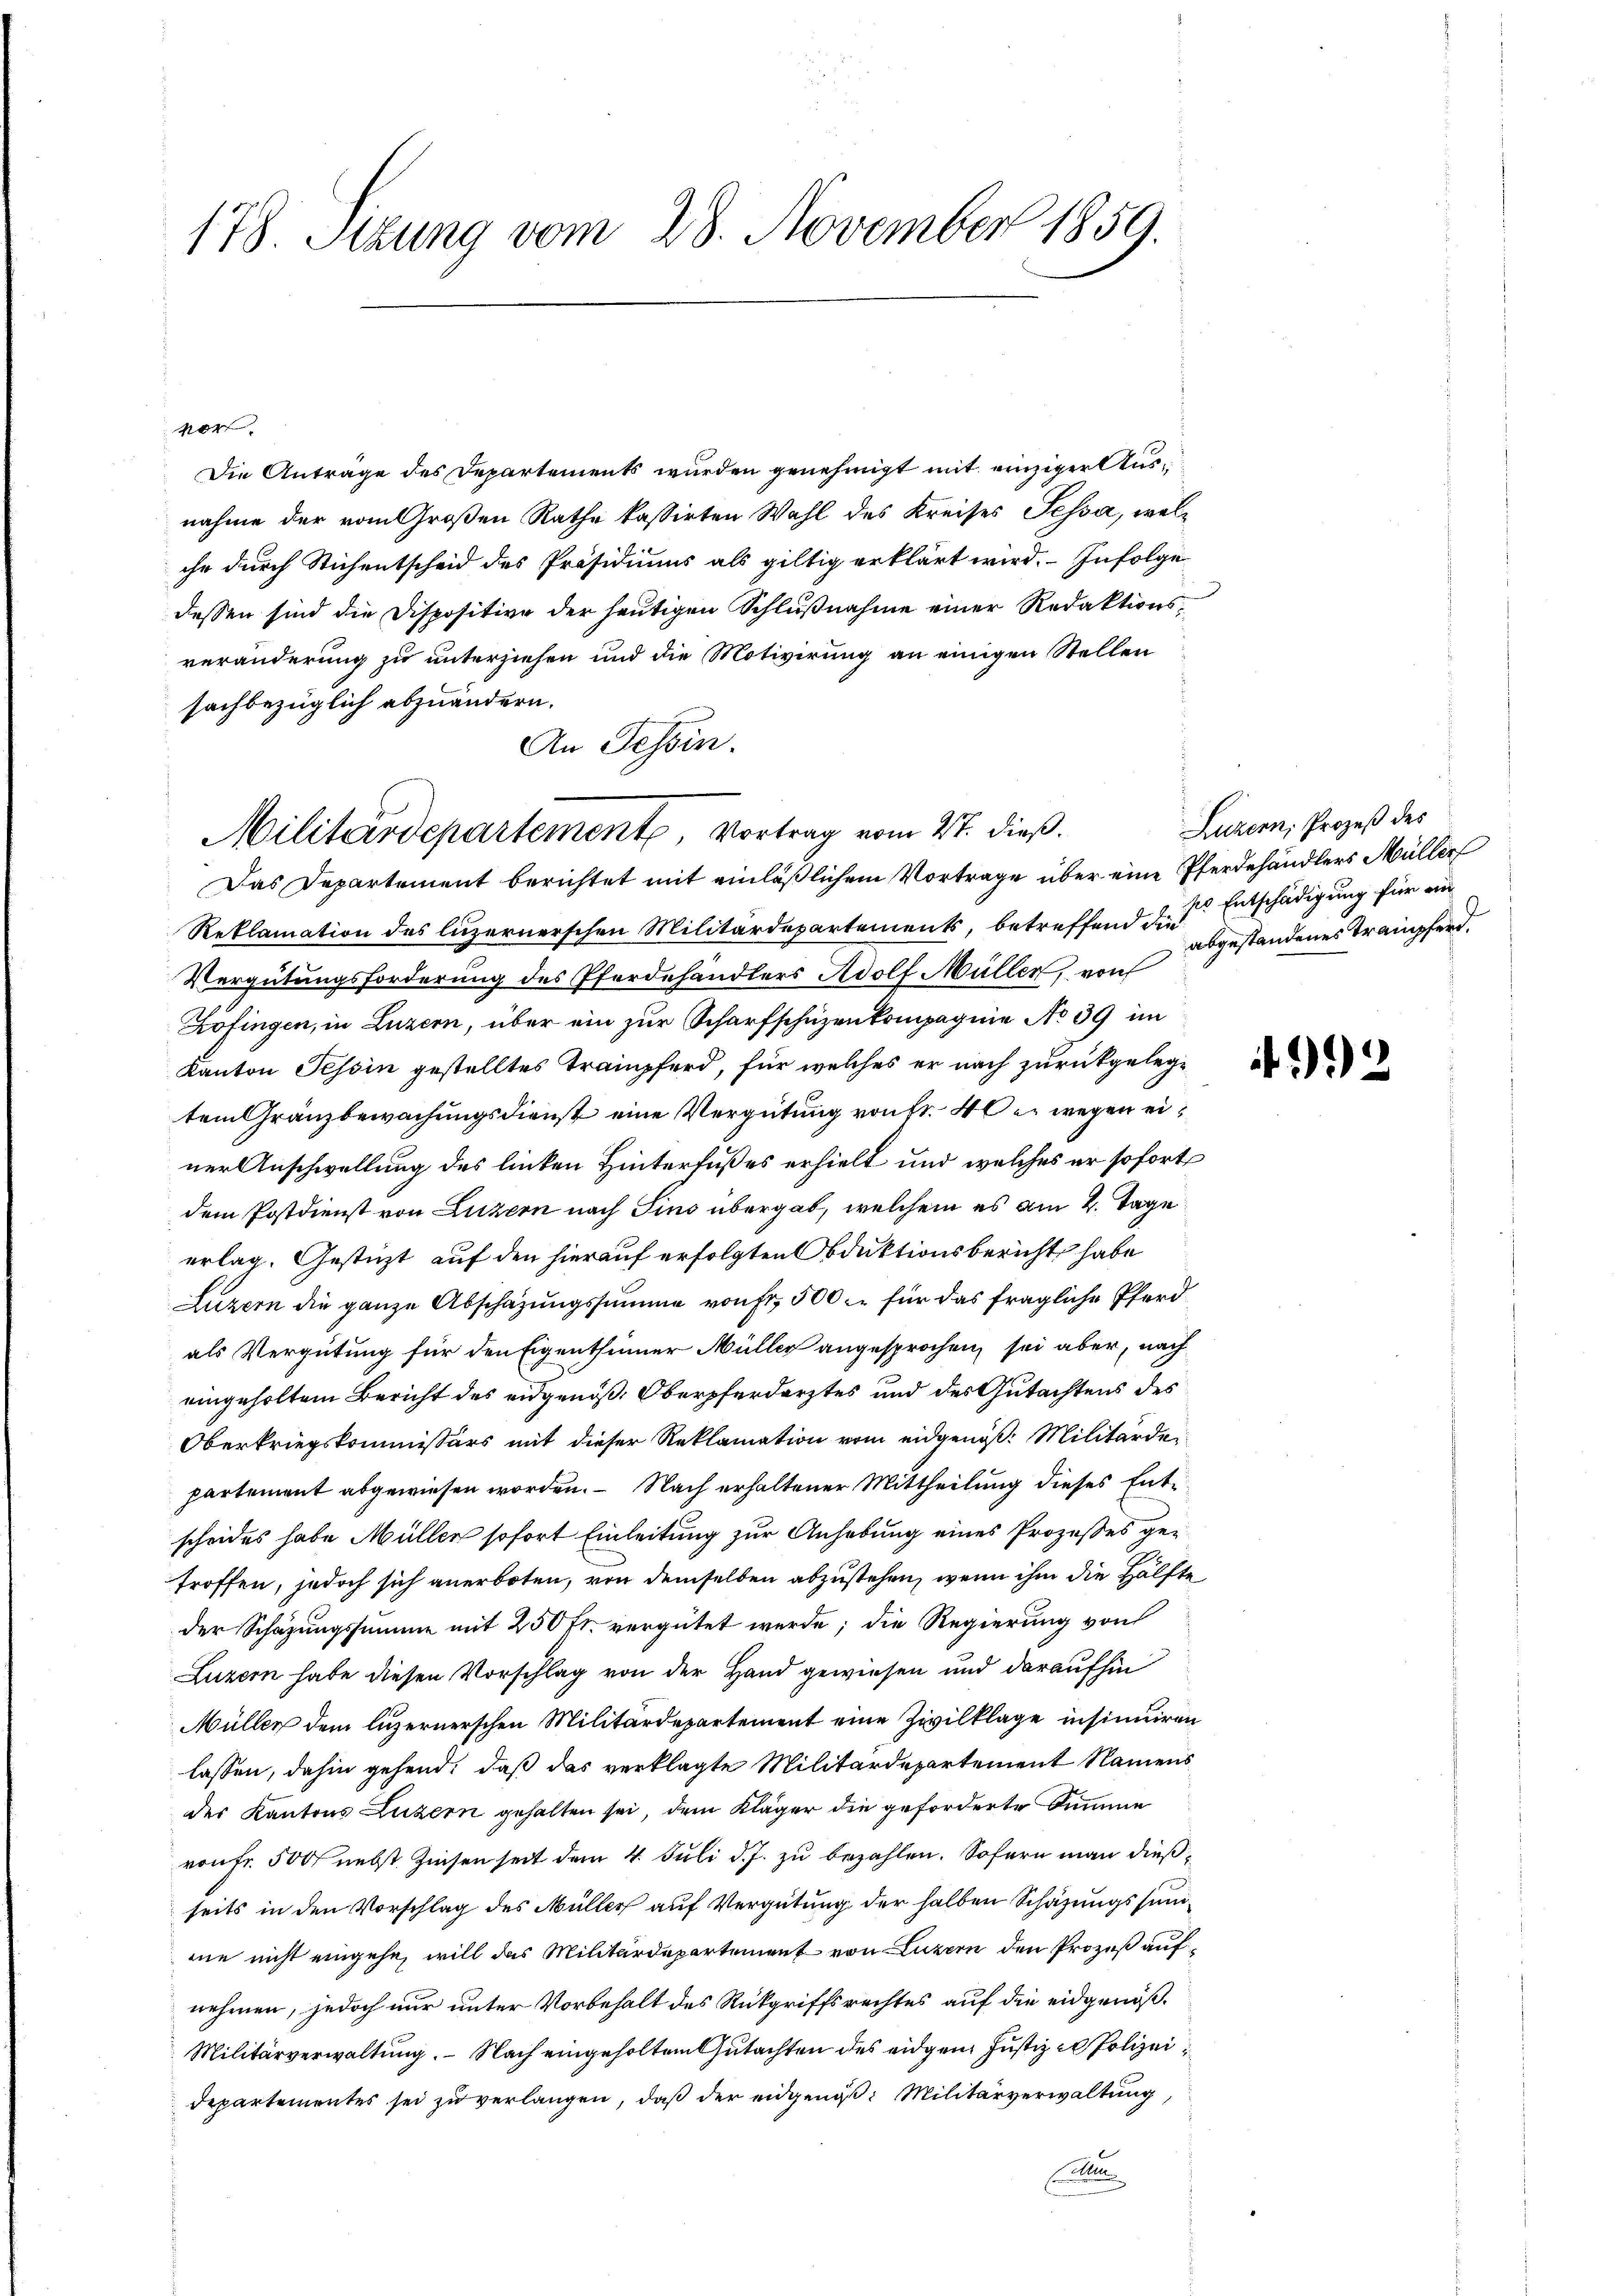
178. Setzung vom 28. November 1859.

vor
Die Anträge des Departements wurden genehmigt mit einziger Ausnahme der vom Großen Rathe kassirten Wahl des Kreises Tessa, welche durch Stichentscheid des Präsidiums als giltig erklärt wird. Infolge
dessen sind die Dispositive der heutigen Schlußnahme einer Redaktionsveränderung zu unterziehen und die Motivirung an einigen Stellen
sachbezüglich abzuändern.
An Tessin.
Reklamation des luzernerschen Militärdepartements, betreffend die
Vergütungsforderung des Pferdehändlers Adolf Müller, von
Kofingen, in Luzern, über ein zur Scharfschüzenkompagnie No 39 im
Kanton Tessin gestelltes Trampferd, für welches er nach zurückgelegtem Gränzbewachungsdienst eine Vergütung von fr. 40. wegen einer Anschwellung des linken Hinterfußes erhielt und welches er sofort
dem Postdienst von Luzern nach Fins übergab, welchem es am 2. Tage
erlag. Gestüzt auf den hierauf erfolgten Obduktionsbericht habe
Luzern die ganze Abschazungssumme von Fr. 500 für das fragliche Pferdals Vergütung für den Eigenthümer Müller angesprochen, sei aber, nach
eingeholtem Bericht des eidgenöß. Oberpferdarztes und des Gutachtens des
Oberkriegskommissärs mit dieser Reklamation vom eidgenöß: Militärdepartement abgewiesen worden. – Nach erhaltener Mittheilung dieses Entscheides habe Müller sofort Einleitung zur Anhebung eines Prozeßes getroffen, jedoch sich anerboten, von demselben abzustehen, wenn ihm die Hälfte
der Schazungssumme mit 250 fr. vergütet werde; die Regierung von
Luzern habe diesen Vorschlag von der Hand gewiesen und daraufhin
Müller dem luzernerschen Militärdepartement eine Zivilklage insinuiren
lassen, dahin gehend, daß das verklagte Militärdepartement Namens
des Kantons Luzern gehalten sei, dem Kläger die geforderte Summe
von fr. 500 nebst Zinsen seit dem 4. Juli d. J. zu bezahlen. Sofern man dießseits in den Vorschlag des Müller auf Vergütung der halben Schazungssumne nicht eingehe, will das Militärdepartement von Luzern den Prozeß aufnehmen, jedoch nur unter Vorbehalt des Rückgriffsrechtes auf die eidgenöß¬
Militärverwaltung. Nach eingeholten Gutachten des eidgen Justiz er Polizeidepartementes sei zŭ verlangen, daß der eidgenoß: Militärverwaltung,
E

Militärdepartement, Vortrag vom 27. dieß.
Das Departement berichtet mit einläßlichem Vortrage über eine Pferdehändlers Müller

Luzern Prozeß des
so Entschädigung für ein
abgestandenes Trampferd.

2